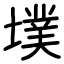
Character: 墣